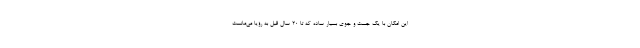
این امکان با یک جست و جوی بسیار ساده که تا 20 سال قبل به رؤیا می‌مانست